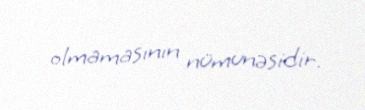
olmamasının nümunəsidir.